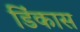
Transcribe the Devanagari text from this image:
डिंकास